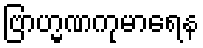
ဗြာဟ္မဏကုမာရေန